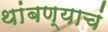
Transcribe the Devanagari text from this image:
थांबण्याचं